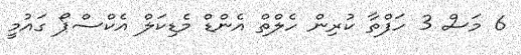
6 މަސް 3 ހަފްތާ ކުރިން ހެލްތް އެންޑް މެޑިކަލް އެކްސްޕޯ ގައުމީ